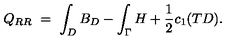
Q _ { R R } \ = \ \int _ { D } B _ { D } - \int _ { \Gamma } H + \frac { 1 } { 2 } c _ { 1 } ( T D ) .